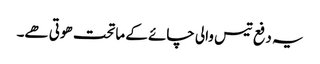
یہ دفع تیس والی چائے کے ماتحت ھوتی ھے۔